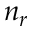
n _ { r }